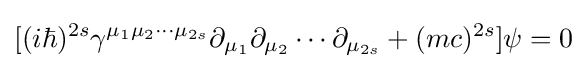
[(i\hbar )^{2s}\gamma ^{\mu _{1}\mu _{2}\cdots \mu _{2s}}\partial _{\mu _{1}}\partial _{\mu _{2}}\cdots \partial _{\mu _{2s}}+(mc)^{2s}]\psi =0